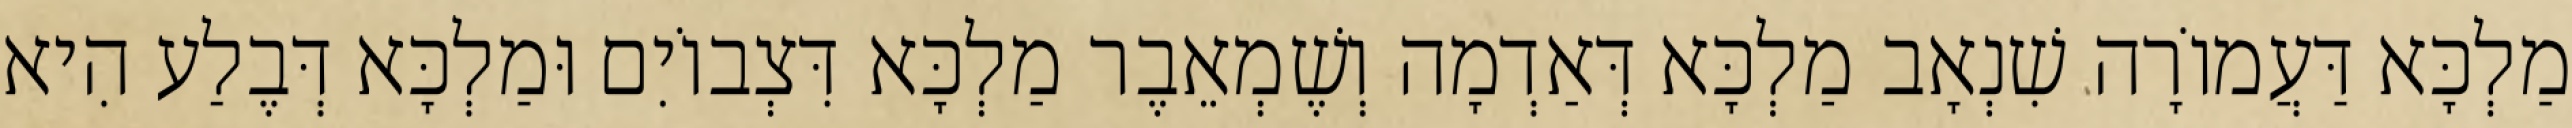
מַלְכָּא דַּעֲמוֹרָה שִׁנְאָב מַלְכָּא דְּאַדְמָה וְשֶׁמְאֵבֶר מַלְכָּא דִּצְבוֹיִם וּמַלְכָּא דְּבֶלַע הִיא